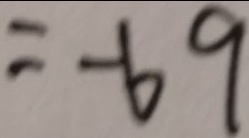
= - 6 9